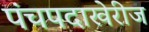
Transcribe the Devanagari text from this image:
पंचपदाखेरीज